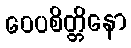
ဝေပစိတ္တိနော